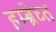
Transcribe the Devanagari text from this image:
हम्ब्रेच्त